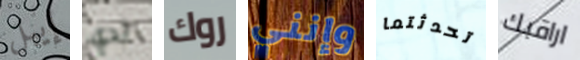
إيبل لدي روك وإنني تحدثتما اراقبك